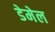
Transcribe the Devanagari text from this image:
डेमेल